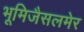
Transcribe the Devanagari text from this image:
भूमिजैसलमेर